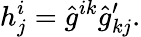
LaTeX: h_{j}^{i}=\hat{g}^{ik}\hat{g}_{kj}^{\prime}.